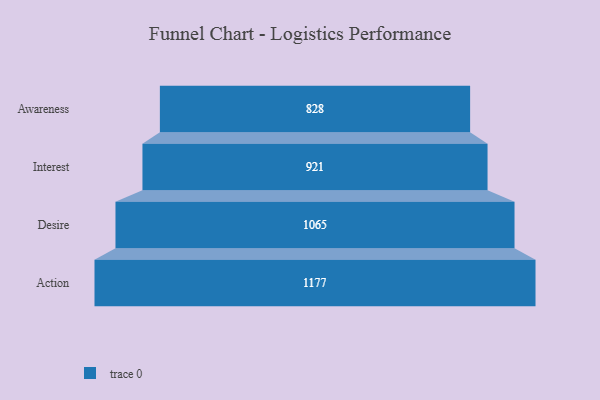
{"axis": {"x": "Stage", "y": "Value"}, "legend": [""], "data": [{"x": "Awareness", "y": 828.0, "type": ""}, {"x": "Interest", "y": 921.0, "type": ""}, {"x": "Desire", "y": 1065.0, "type": ""}, {"x": "Action", "y": 1177.0, "type": ""}]}